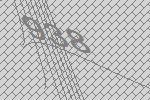
938